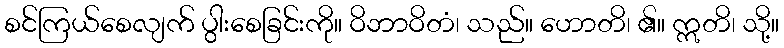
စင်ကြယ်စေလျက် ပွါးစေခြင်းကို။ ဝိဘာဝိတံ၊ သည်။ ဟောတိ၊ ၏။ ဣတိ၊ သို့။